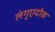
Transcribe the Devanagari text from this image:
लंगुएदोक